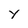
Character: y